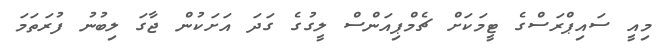
މިއީ ސައިޕްރަސްގެ ޓީމަަކަށް ޗެމްޕިއަންސް ލީގުގެ ގަދަ އަށަކުން ޖާގަ ލިބުނު ފުރަތަމަ